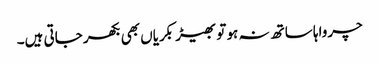
چرواہا ساتھ نہ ہو تو بھیڑ بکریاں بھی بکھر جاتی ہیں۔